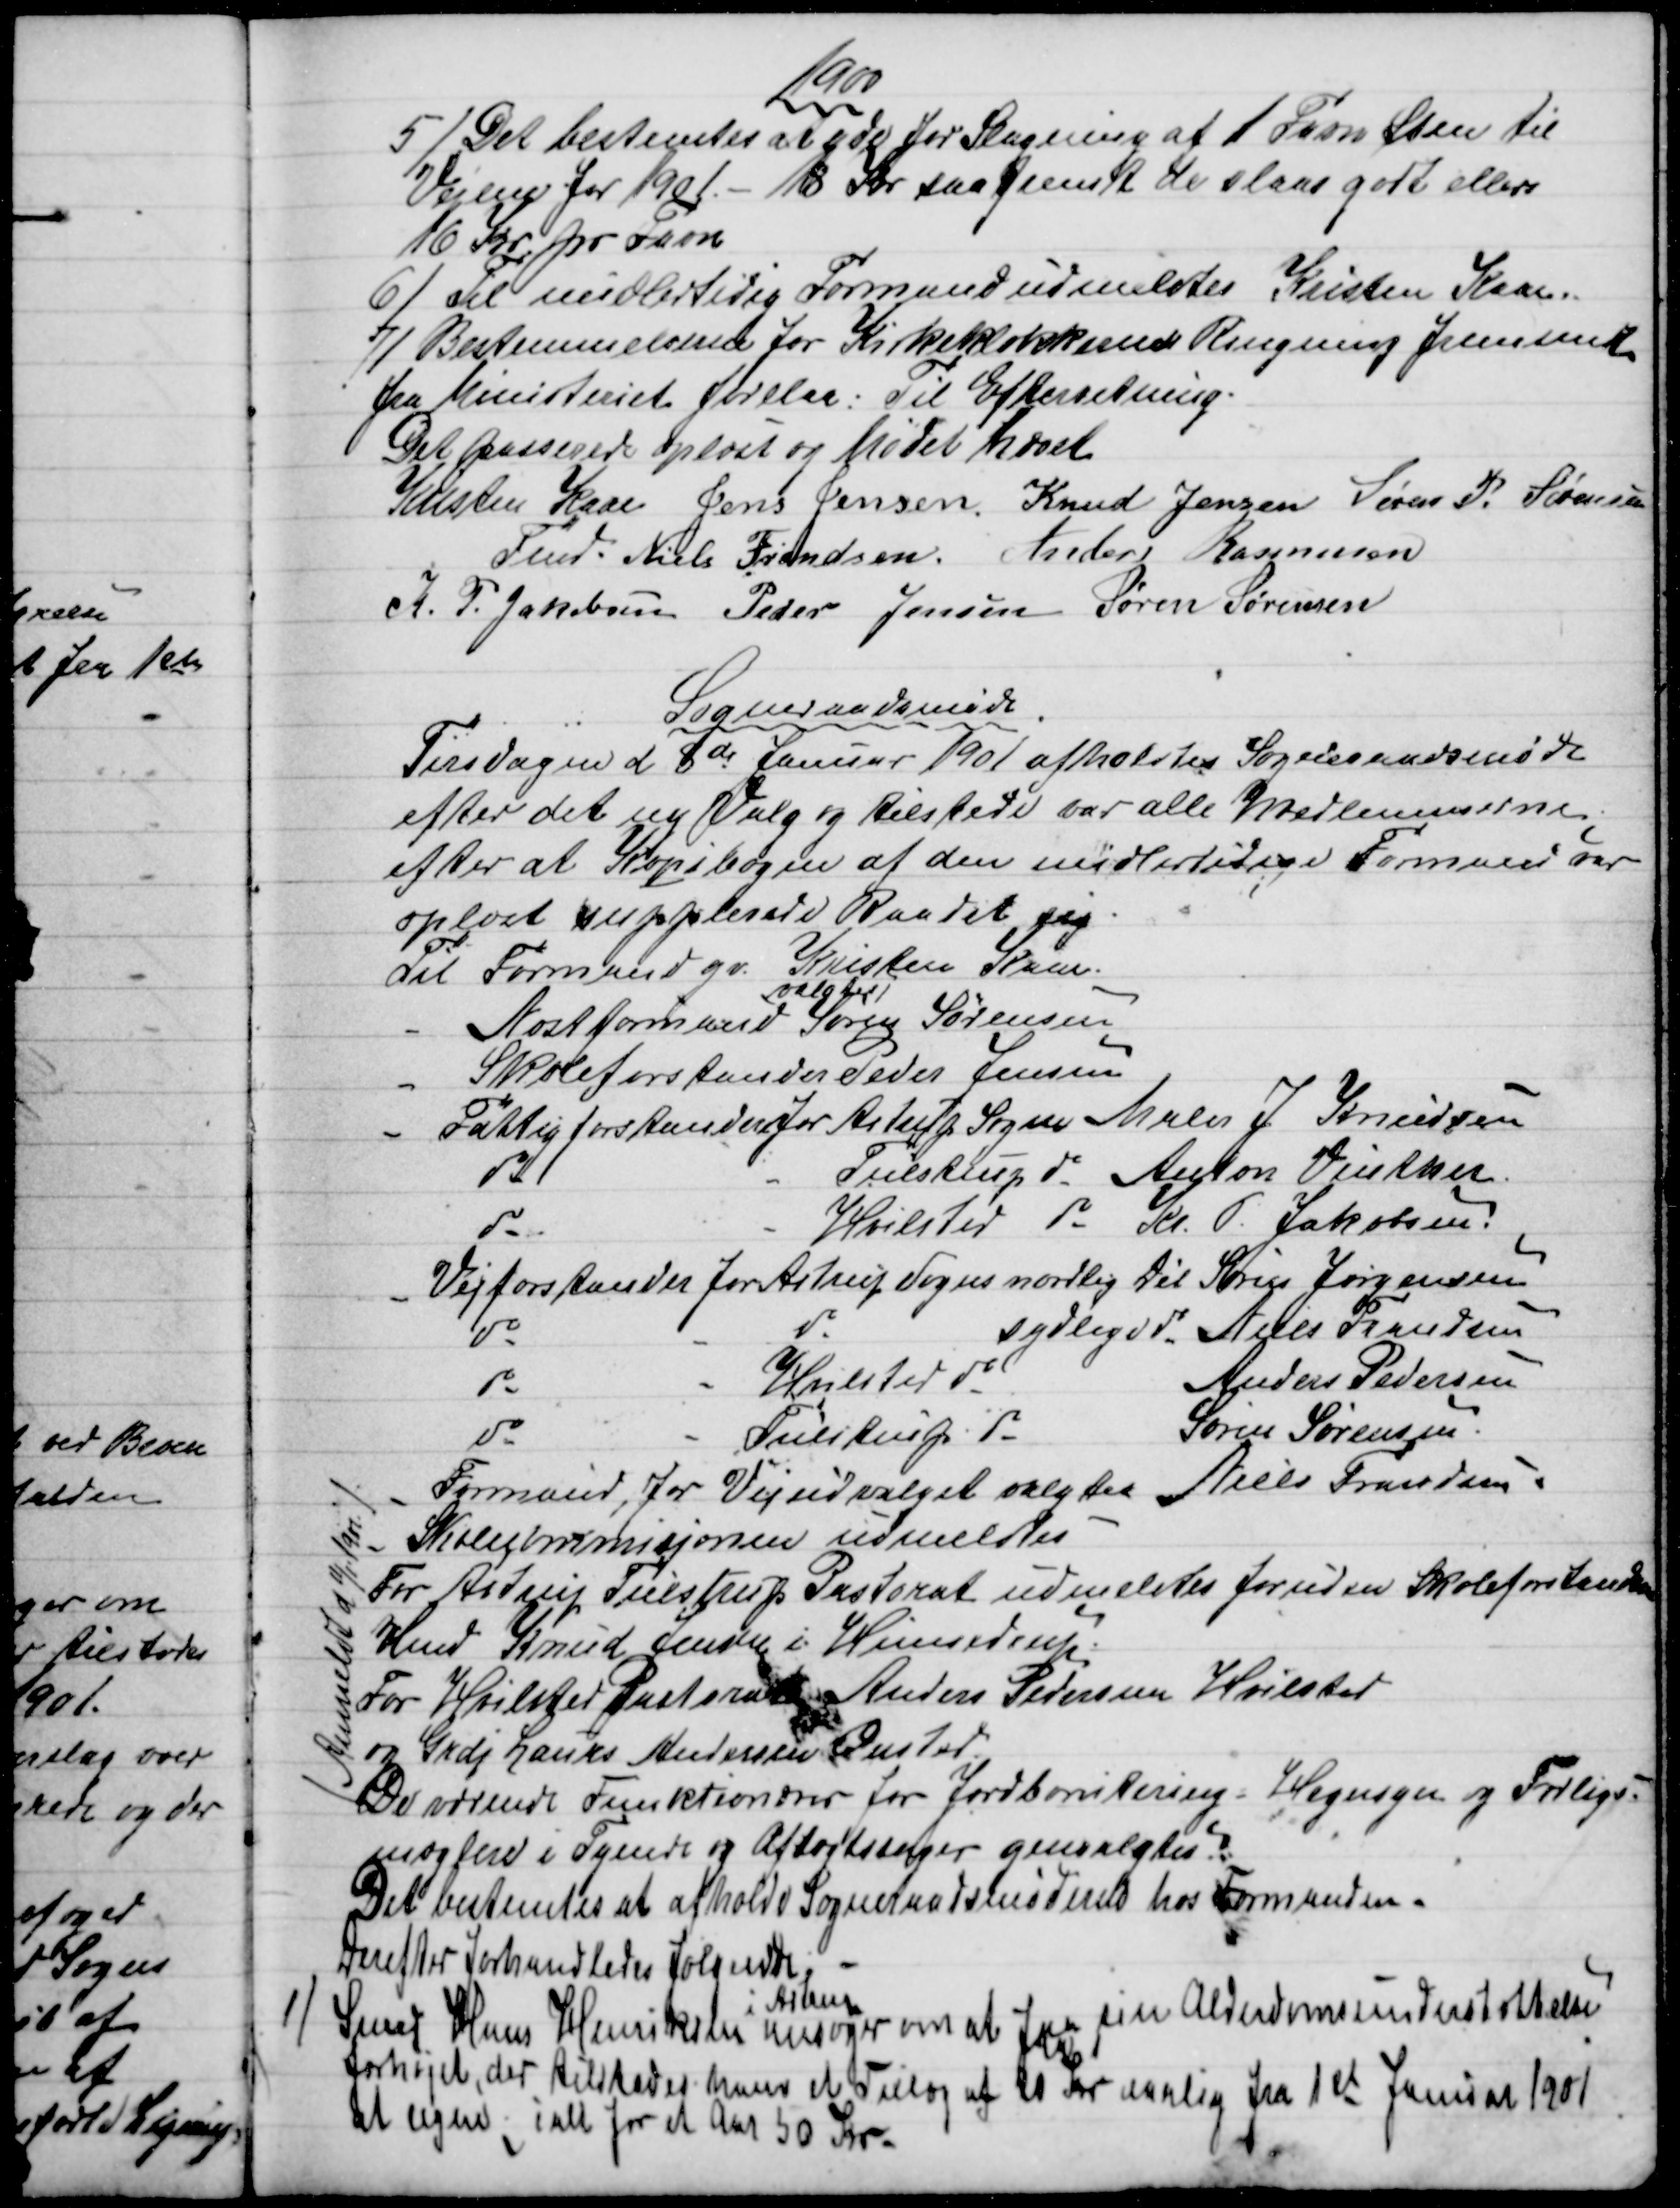
Transskription:
1900
5) 
Det bestemtes at yde for Slagning af 1 Favn Sten til
Vejene for 1901. - 18 Kr saafremt de slaas godt ellers
16 Kr. pr. Favn
6) 
Til midlertidig Formand udmeldtes Kristen Kaae.
7) 
Bestemmelserne for Kirkeklokkernes Ringning fremsendt
fra Ministeriet forelaa: Til Efterretning.
Det passerede Opløst og Mødet hævet
Kristen Kaae 
Fmd. 
Jens Jensen. Knud Jensen Søren P. Sørensen
Niels Frandsen. Anders Rasmussen
K. P. Jakobsen Peder Jensen Søren Sørensen
Sogneraadsmøde
Tirsdagen d 8de Januar 1901 afholdtes Sogneraadsmøde
efter det ny Valg og tilstede var alle Medlemmerne.
efter at Kopibogen af den midlertidige Formand var
oplæst supplerede Raadet sig
Til Formand gv. Kristen Kaae
Næstformand 
valgtes
Søren Sørensen
Skoleforstander Peder Jensen
Fattigforstander for Astrup Sogn Maler J Knudsen
do 
Tulstrup do Anton Vinther
do 
Hvilsted do Kr. P. Jakobsen.
Vejforstander for Astrup Sogns nordlig Dél Søren Jørgensen
do 
do 
sydlige do Niels Frandsen
do 
Hvilsted do 
Anders Pedersen
do 
Tulstrup do 
Søren Sørensen
Formand, for Vejudvalget valgtes Niels Frandsen.
Skolekommisjonen udmeldtes
For Astrup Tulstrup Pastorat udmeldtes foruden Skoleforstander
Hmd Knud Jensen i Hinnedrup
For Hvilsted Pastorat Anders Pedersen Hvilsted
og Grdj Laurs Andersen Onsted
De værende Funktionærer for Jordbornitering - Hegnsyn og Forligs-
mæglere i Tyende og Aftægssager genvalgtes.
Anmeldt d 11/1. 1901.
Det bestemtes at afholde Sogneraadsmødene hos Formanden.
Derefter Forhandledes følgende 
1)
Smed Hans Henriksen 
i Astrup
ansøger om at faa sin Alderdomsunderstøttelse
forhøjet, der tilstodes ham et Tillæg af 20 Kr aarlig fra 1st Januar 1901
at regne; ialt for et Aar 50 Kr.